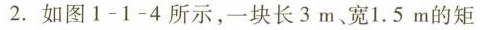
2.如图1-1-4所示，一块长3m、宽1.5m的矩